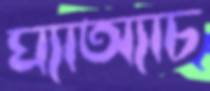
ঘ্যাঅ্যাচ